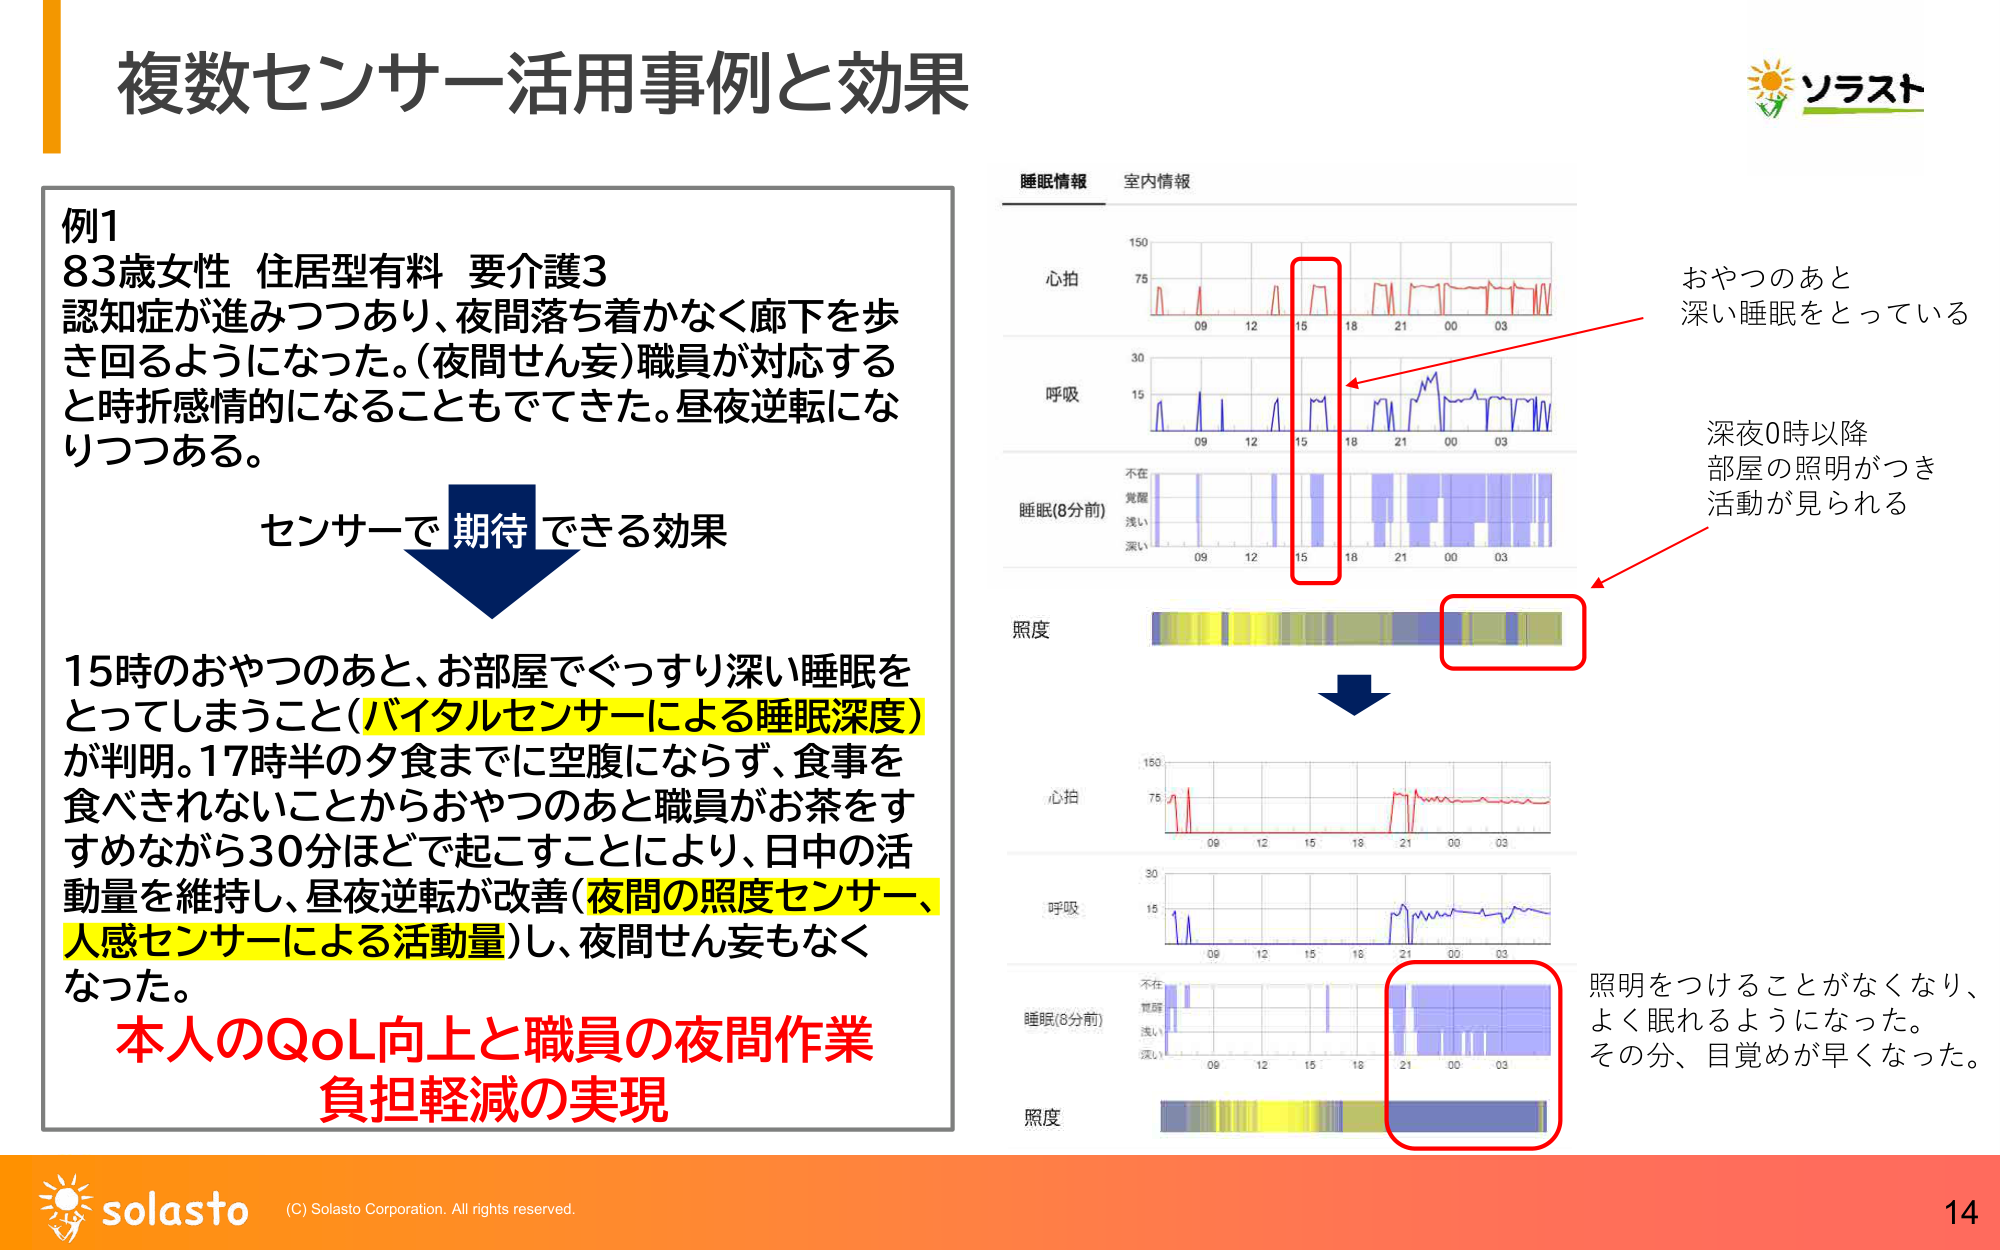
複数センサー活用事例と効果

例1
83歳女性 住居型有料 要介護3
認知症が進みつつあり、夜間落ち着かなく廊下を歩き回るようになった。(夜間せん妄)職員が対応すると時折感情的になることもでてきた。昼夜逆転になりつつある。

センサーで 期待 できる効果

15時のおやつのあと、お部屋でぐっすり深い睡眠をとってしまうこと(バイタルセンサーによる睡眠深度)が判明。17時半の夕食までに空腹にならず、食事を食べきれないことからおやつのあと職員がお茶をすすめながら30分ほどで起こすことにより、日中の活動量を維持し、昼夜逆転が改善(夜間の照度センサー、人感センサーによる活動量)し、夜間せん妄もなくなった。

本人のQoL向上と職員の夜間作業負担軽減の実現

睡眠情報 室内情報
心拍
呼吸
睡眠(8分前)
照度

おやつのあと
深い睡眠をとっている

深夜0時以降
部屋の照明がつき
活動が見られる

心拍
呼吸
睡眠(8分前)
照度

照明をつけることがなくなり、
よく眠れるようになった。
その分、目覚めが早くなった。

ソラスト

solasto
(C) Solasto Corporation. All rights reserved.
14